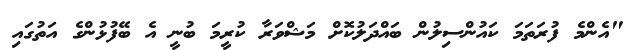
"އެންމެ ފުރަތަމަ ކައުންސިލުން ބައްދަލުކޮށް މަޝްވަރާ ކުރީމަ ބުނީ އެ ބޭފުޅުންގެ އަތުގައި